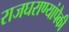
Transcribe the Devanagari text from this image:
राजघराण्यांपैकी